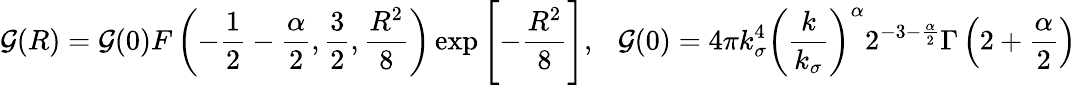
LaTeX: {\cal G}(R)={\cal G}(0)F\left(-\frac{1}{2}-\frac{\alpha}{2},\frac{3}{2},\frac{R^{2}}{8}\right)\exp{\Biggl[-\frac{R^{2}}{8}\Biggr]},~~~{\cal G}(0)=4\pi k_{\sigma}^{4}\left(\frac{k}{k_{\sigma}}\right)^{\alpha}2^{-3-\frac{\alpha}{2}}\Gamma\left(2+\frac{\alpha}{2}\right)